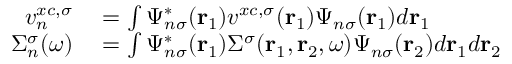
\begin{array} { r l } { v _ { n } ^ { x c , \sigma } } & { { } = \int \Psi _ { n \sigma } ^ { * } ( \mathbf { r } _ { 1 } ) v ^ { x c , \sigma } ( \mathbf { r } _ { 1 } ) \Psi _ { n \sigma } ( \mathbf { r } _ { 1 } ) d \mathbf { r } _ { 1 } } \\ { \Sigma _ { n } ^ { \sigma } ( \omega ) } & { { } = \int \Psi _ { n \sigma } ^ { * } ( \mathbf { r } _ { 1 } ) \Sigma ^ { \sigma } ( \mathbf { r } _ { 1 } , \mathbf { r } _ { 2 } , \omega ) \Psi _ { n \sigma } ( \mathbf { r } _ { 2 } ) d \mathbf { r } _ { 1 } d \mathbf { r } _ { 2 } } \end{array}